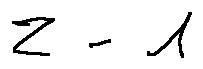
z - 1